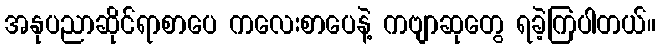
အနုပညာဆိုင်ရာစာပေ ကလေးစာပေနဲ့ ကဗျာဆုတွေ ရခဲ့ကြပါတယ်။